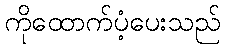
ကိုထောက်ပံ့ပေးသည်